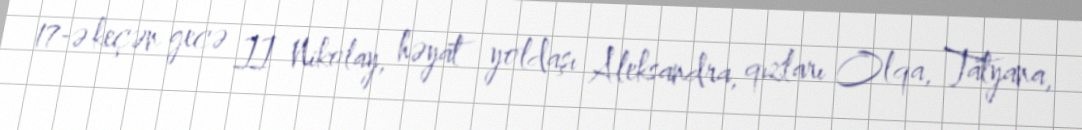
17-ə keçən gecə II Nikolay, həyat yoldaşı Aleksandra, qızları Olqa, Tatyana,